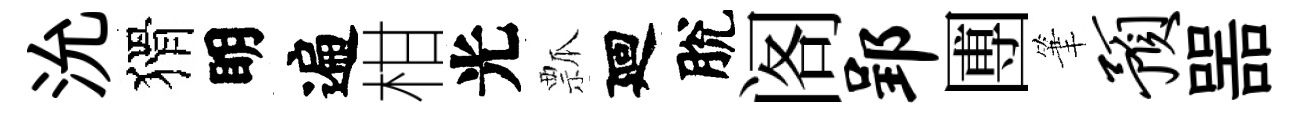
沇猾眀遍柑光瓢廻脫阁郢圑筆预噐